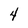
Character: 4